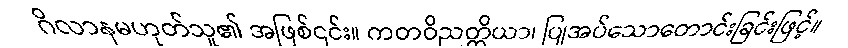
ဂိလာနမဟုတ်သူ၏ အဖြစ်၎င်း။ ကတဝိညတ္တိယာ၊ ပြုအပ်သောတောင်းခြင်းဖြင့်။